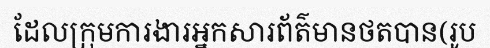
ដែលក្រុមការងារអ្នកសារព័ត៌មានថតបាន(រូប